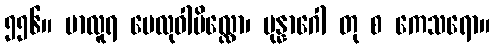
၅၅၆။ မာလူရ ဗေလုဝါဗိလ္လော၊ ပုန္နာဂေါ တု စ ကေသရော။